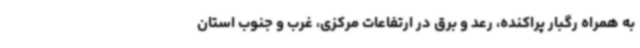
به همراه رگبار پراکنده، رعد و برق در ارتفاعات مرکزی، غرب و جنوب استان